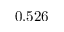
0 . 5 2 6